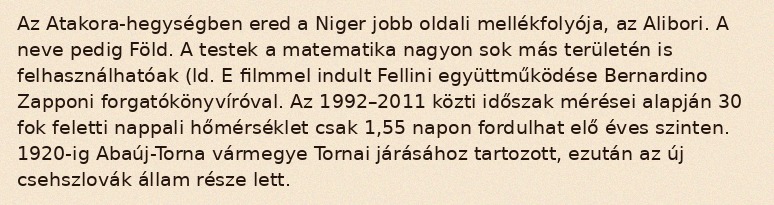
Az Atakora-hegységben ered a Niger jobb oldali mellékfolyója, az Alibori. A neve pedig Föld. A testek a matematika nagyon sok más területén is felhasználhatóak (ld. E filmmel indult Fellini együttműködése Bernardino Zapponi forgatókönyvíróval. Az 1992–2011 közti időszak mérései alapján 30 fok feletti nappali hőmérséklet csak 1,55 napon fordulhat elő éves szinten. 1920-ig Abaúj-Torna vármegye Tornai járásához tartozott, ezután az új csehszlovák állam része lett.